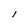
Character: I